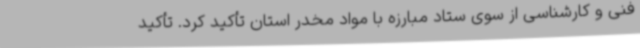
فنی و کارشناسی از سوی ستاد مبارزه با مواد مخدر استان تأکید کرد. تأکید